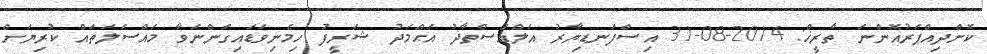
ކޮށްދިއްޕަރުއޮންނަ ތާރީޚް: 2014-08-31 އިސްފަނޑިޔާރު އަލްއުސްތާޛު އަޙްމަދު ޝަރީފު ހިމެނިވަޑައިގަންނަވާ މައްސަލަތައް ކުރިޔަށް